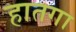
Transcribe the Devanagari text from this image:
हातगा